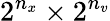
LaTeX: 2^{n_{x}}\times 2^{n_{v}}